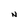
Character: N